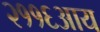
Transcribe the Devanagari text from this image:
२११६आय